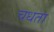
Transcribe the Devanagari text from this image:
चधता